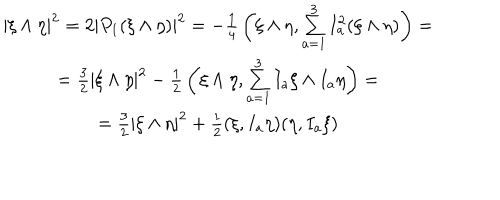
LaTeX: \begin{array} { c } { { | \xi \wedge \eta | ^ { 2 } = 2 | P _ { 1 } ( \xi \wedge \eta ) | ^ { 2 } = - { \frac { 1 } { 4 } } \left( \xi \wedge \eta , \sum _ { a = 1 } ^ { 3 } I _ { a } ^ { 2 } ( \xi \wedge \eta ) \right) = } } \\ { { = { \frac { 3 } { 2 } } | \xi \wedge \eta | ^ { 2 } - { \frac { 1 } { 2 } } \left( \xi \wedge \eta , \sum _ { a = 1 } ^ { 3 } I _ { a } \xi \wedge I _ { a } \eta \right) = } } \\ { { = { \frac { 3 } { 2 } } | \xi \wedge \eta | ^ { 2 } + { \frac { 1 } { 2 } } ( \xi , I _ { a } \eta ) ( \eta , I _ { a } \xi ) } } \\ \end{array}